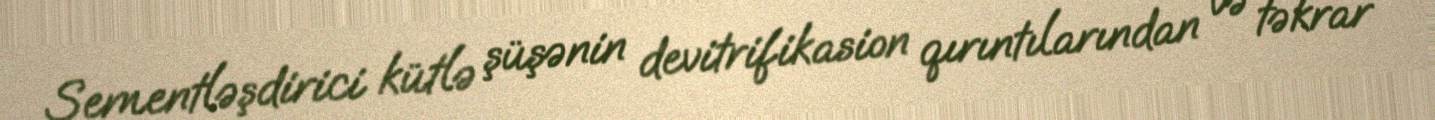
Sementləşdirici kütlə şüşənin devitrifikasion qırıntılarından və təkrar